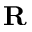
\mathbf { R }